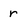
Character: r